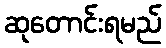
ဆုတောင်းရမည်